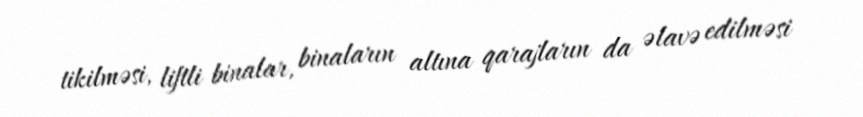
tikilməsi, liftli binalar, binaların altına qarajların da əlavə edilməsi